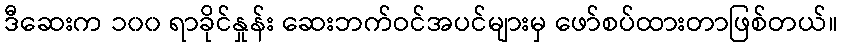
ဒီဆေးက ၁၀၀ ရာခိုင်နှုန်း ဆေးဘက်ဝင်အပင်များမှ ဖော်စပ်ထားတာဖြစ်တယ်။